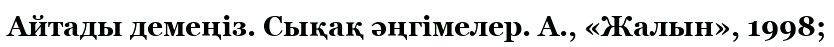
Айтады демеңіз. Сықақ әңгімелер. А., «Жалын», 1998;